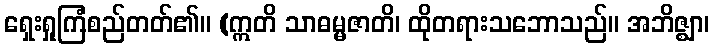
ရှေးရှုကြံစည်တတ်၏။ (ဣတိ သာဓမ္မဇာတိ၊ ထိုတရားသဘောသည်။ အဘိဇ္ဈာ၊